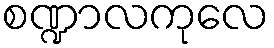
စဏ္ဍာလကုလေ